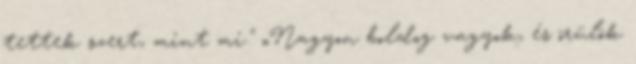
tettek szert, mint mi." „Nagyon boldog vagyok, és örülök